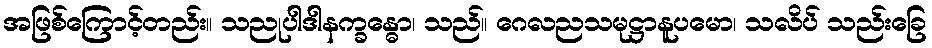
အဖြစ်ကြောင့်တည်း။ သညုပါဒါနက္ခန္ဓော၊ သည်။ ဂေလညသမုဋ္ဌာနူပမော၊ သလိပ် သည်းခြေ